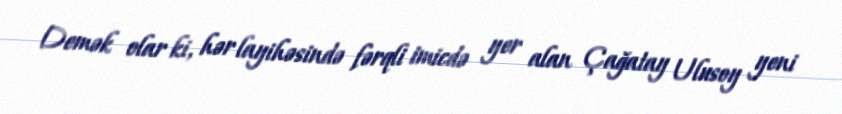
Demək olar ki, hər layihəsində fərqli imicdə yer alan Çağatay Ulusoy yeni